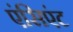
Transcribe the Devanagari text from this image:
एंसिएंट